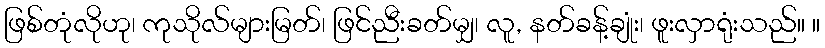
ဖြစ်တုံလိုဟု၊ ကုသိုလ်များမြတ်၊ ဖြင်ညီးခတ်မျှ၊ လူ, နတ်ခန့်ချုံး၊ ဖူးလှာရုံးသည်။ ။